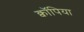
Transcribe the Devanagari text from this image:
क्वॉपिया